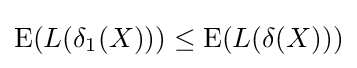
\operatorname {E} (L(\delta _{1}(X)))\leq \operatorname {E} (L(\delta (X)))